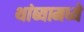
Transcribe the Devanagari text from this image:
थांब्यामध्ये